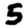
Digit: 5